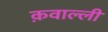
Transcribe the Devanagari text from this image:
क़वाल्ली